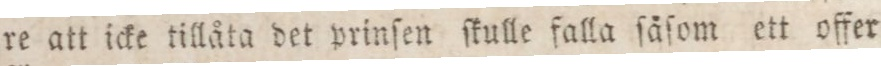
re att icke tillåta det prinſen ſkulle falla ſåſom ett offer